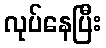
လုပ်နေပြီး